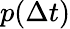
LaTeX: p(\Delta t)